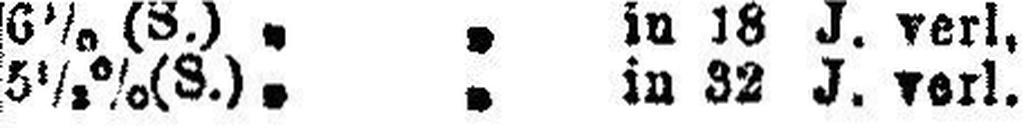
5½% (S.) „ „ in 32 J. verl.